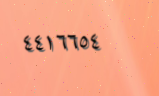
٤٤١٦٦٥٤